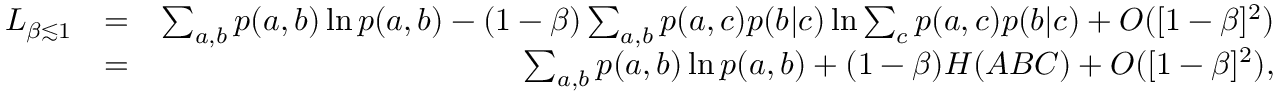
\begin{array} { r l r } { L _ { \beta \lesssim 1 } } & { = } & { \sum _ { a , b } p ( a , b ) \ln p ( a , b ) - ( 1 - \beta ) \sum _ { a , b } p ( a , c ) p ( b | c ) \ln \sum _ { c } p ( a , c ) p ( b | c ) + { \cal O } ( [ 1 - \beta ] ^ { 2 } ) } \\ & { = } & { \sum _ { a , b } p ( a , b ) \ln p ( a , b ) + ( 1 - \beta ) H ( A B C ) + { \cal O } ( [ 1 - \beta ] ^ { 2 } ) , } \end{array}